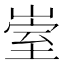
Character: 𡹭